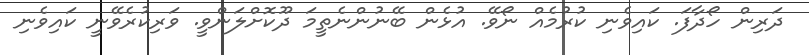
ދަރިން ހޯދާފަ. ކައިވެނި ކުރުމެއް ނޯވޭ. އުޅެން ބޭނުންނެތީމަ ދޫކޮށްލަންވީ. ވަރިކުރެވޭނީ ކައިވެނި